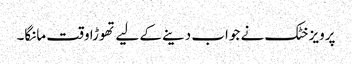
پرویز خٹک نے جواب دینے کے لیے تھوڑا وقت مانگا۔